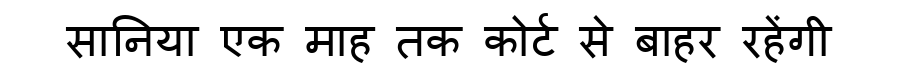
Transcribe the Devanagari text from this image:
सानिया एक माह तक कोर्ट से बाहर रहेंगी